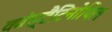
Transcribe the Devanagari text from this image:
कांस्टैंटिनोपिल